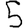
Digit: 5